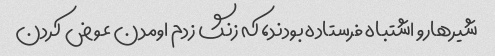
شیرهارو اشتباه فرستاده بودند، که زنگ زدم اومدن عوض کردن